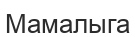
Мамалыга